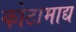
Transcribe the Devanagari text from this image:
कोटामाद्य